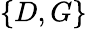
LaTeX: \{ D,G\}